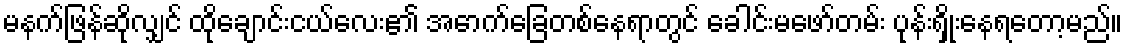
မနက်ဖြန်ဆိုလျှင် ထိုချောင်းငယ်လေး၏ အောက်ခြေတစ်နေရာတွင် ခေါင်းမဖော်တမ်း ပုန်းရှိုးနေရတော့မည်။